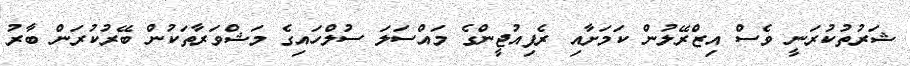
ޝަރުތުކުރަނީ ވެސް އިޒްރޭލުން ކަމަށާއި ރެފިއުޖީންގެ މައްސަލަ ސުލްހައިގެ މަޝްވަރާތަކުން ބޭރުކުރަން ބާރު